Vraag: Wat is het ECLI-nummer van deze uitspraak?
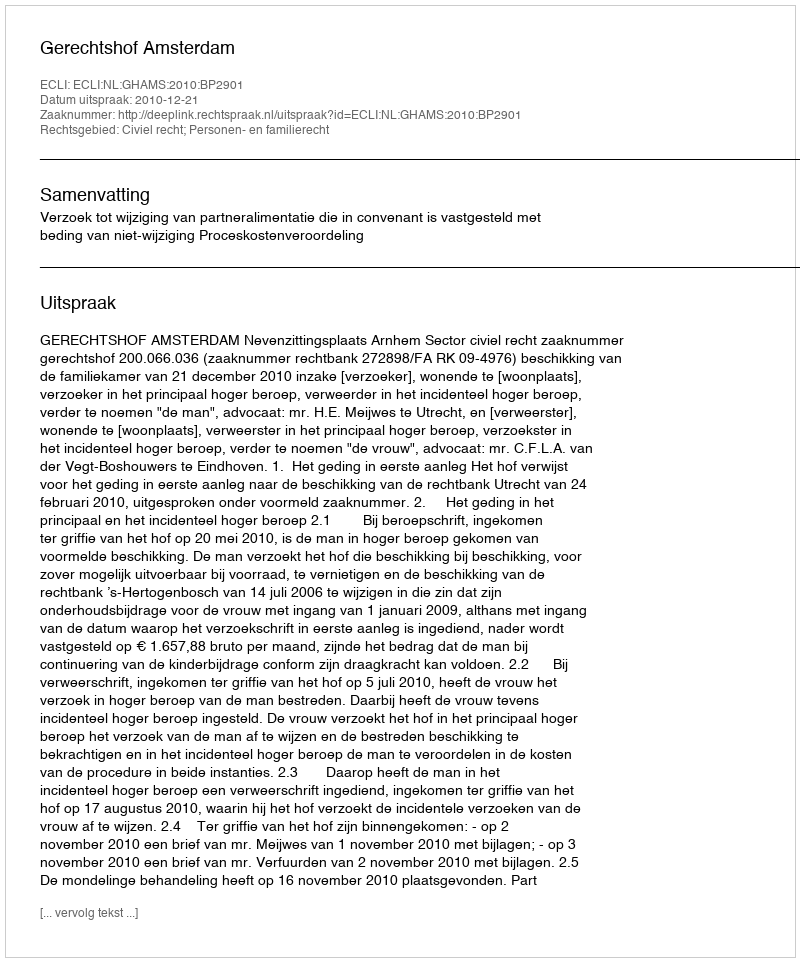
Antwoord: ECLI:NL:GHAMS:2010:BP2901